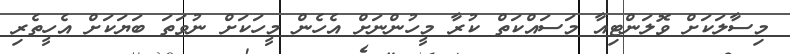
މިސާލަކަށް ވޮލަންޓިއާ މަސައްކަތް ކުރާ މީހުންނަށް އެހެން މީހަކަށް ނުވަތަ ބަޔަކަށް އެހީތެރި